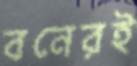
বনেরই